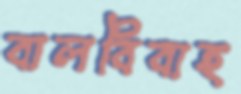
বালবিবাহ